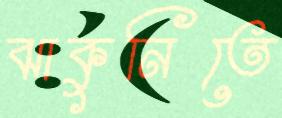
ঝাকুনিতে